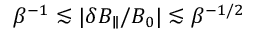
\beta ^ { - 1 } \lesssim | \delta B _ { \parallel } / B _ { 0 } | \lesssim \beta ^ { - 1 / 2 }